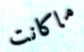
ماكانت